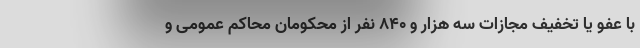
با عفو یا تخفیف مجازات سه هزار و ۸۴۰ نفر از محکومانِ محاکم عمومی و